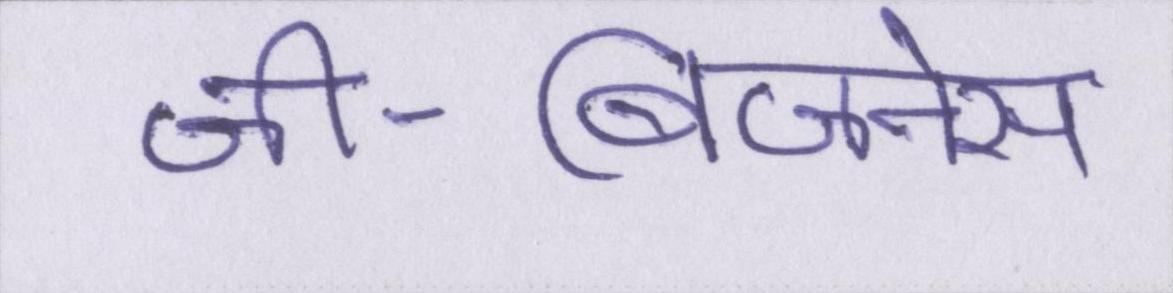
जी-बिजनेस